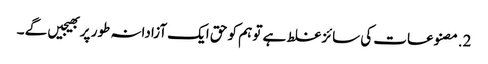
2.مصنوعات کی سائز غلط ہے تو ہم کو حق ایک آزادانہ طور پر بھیجیں گے ۔